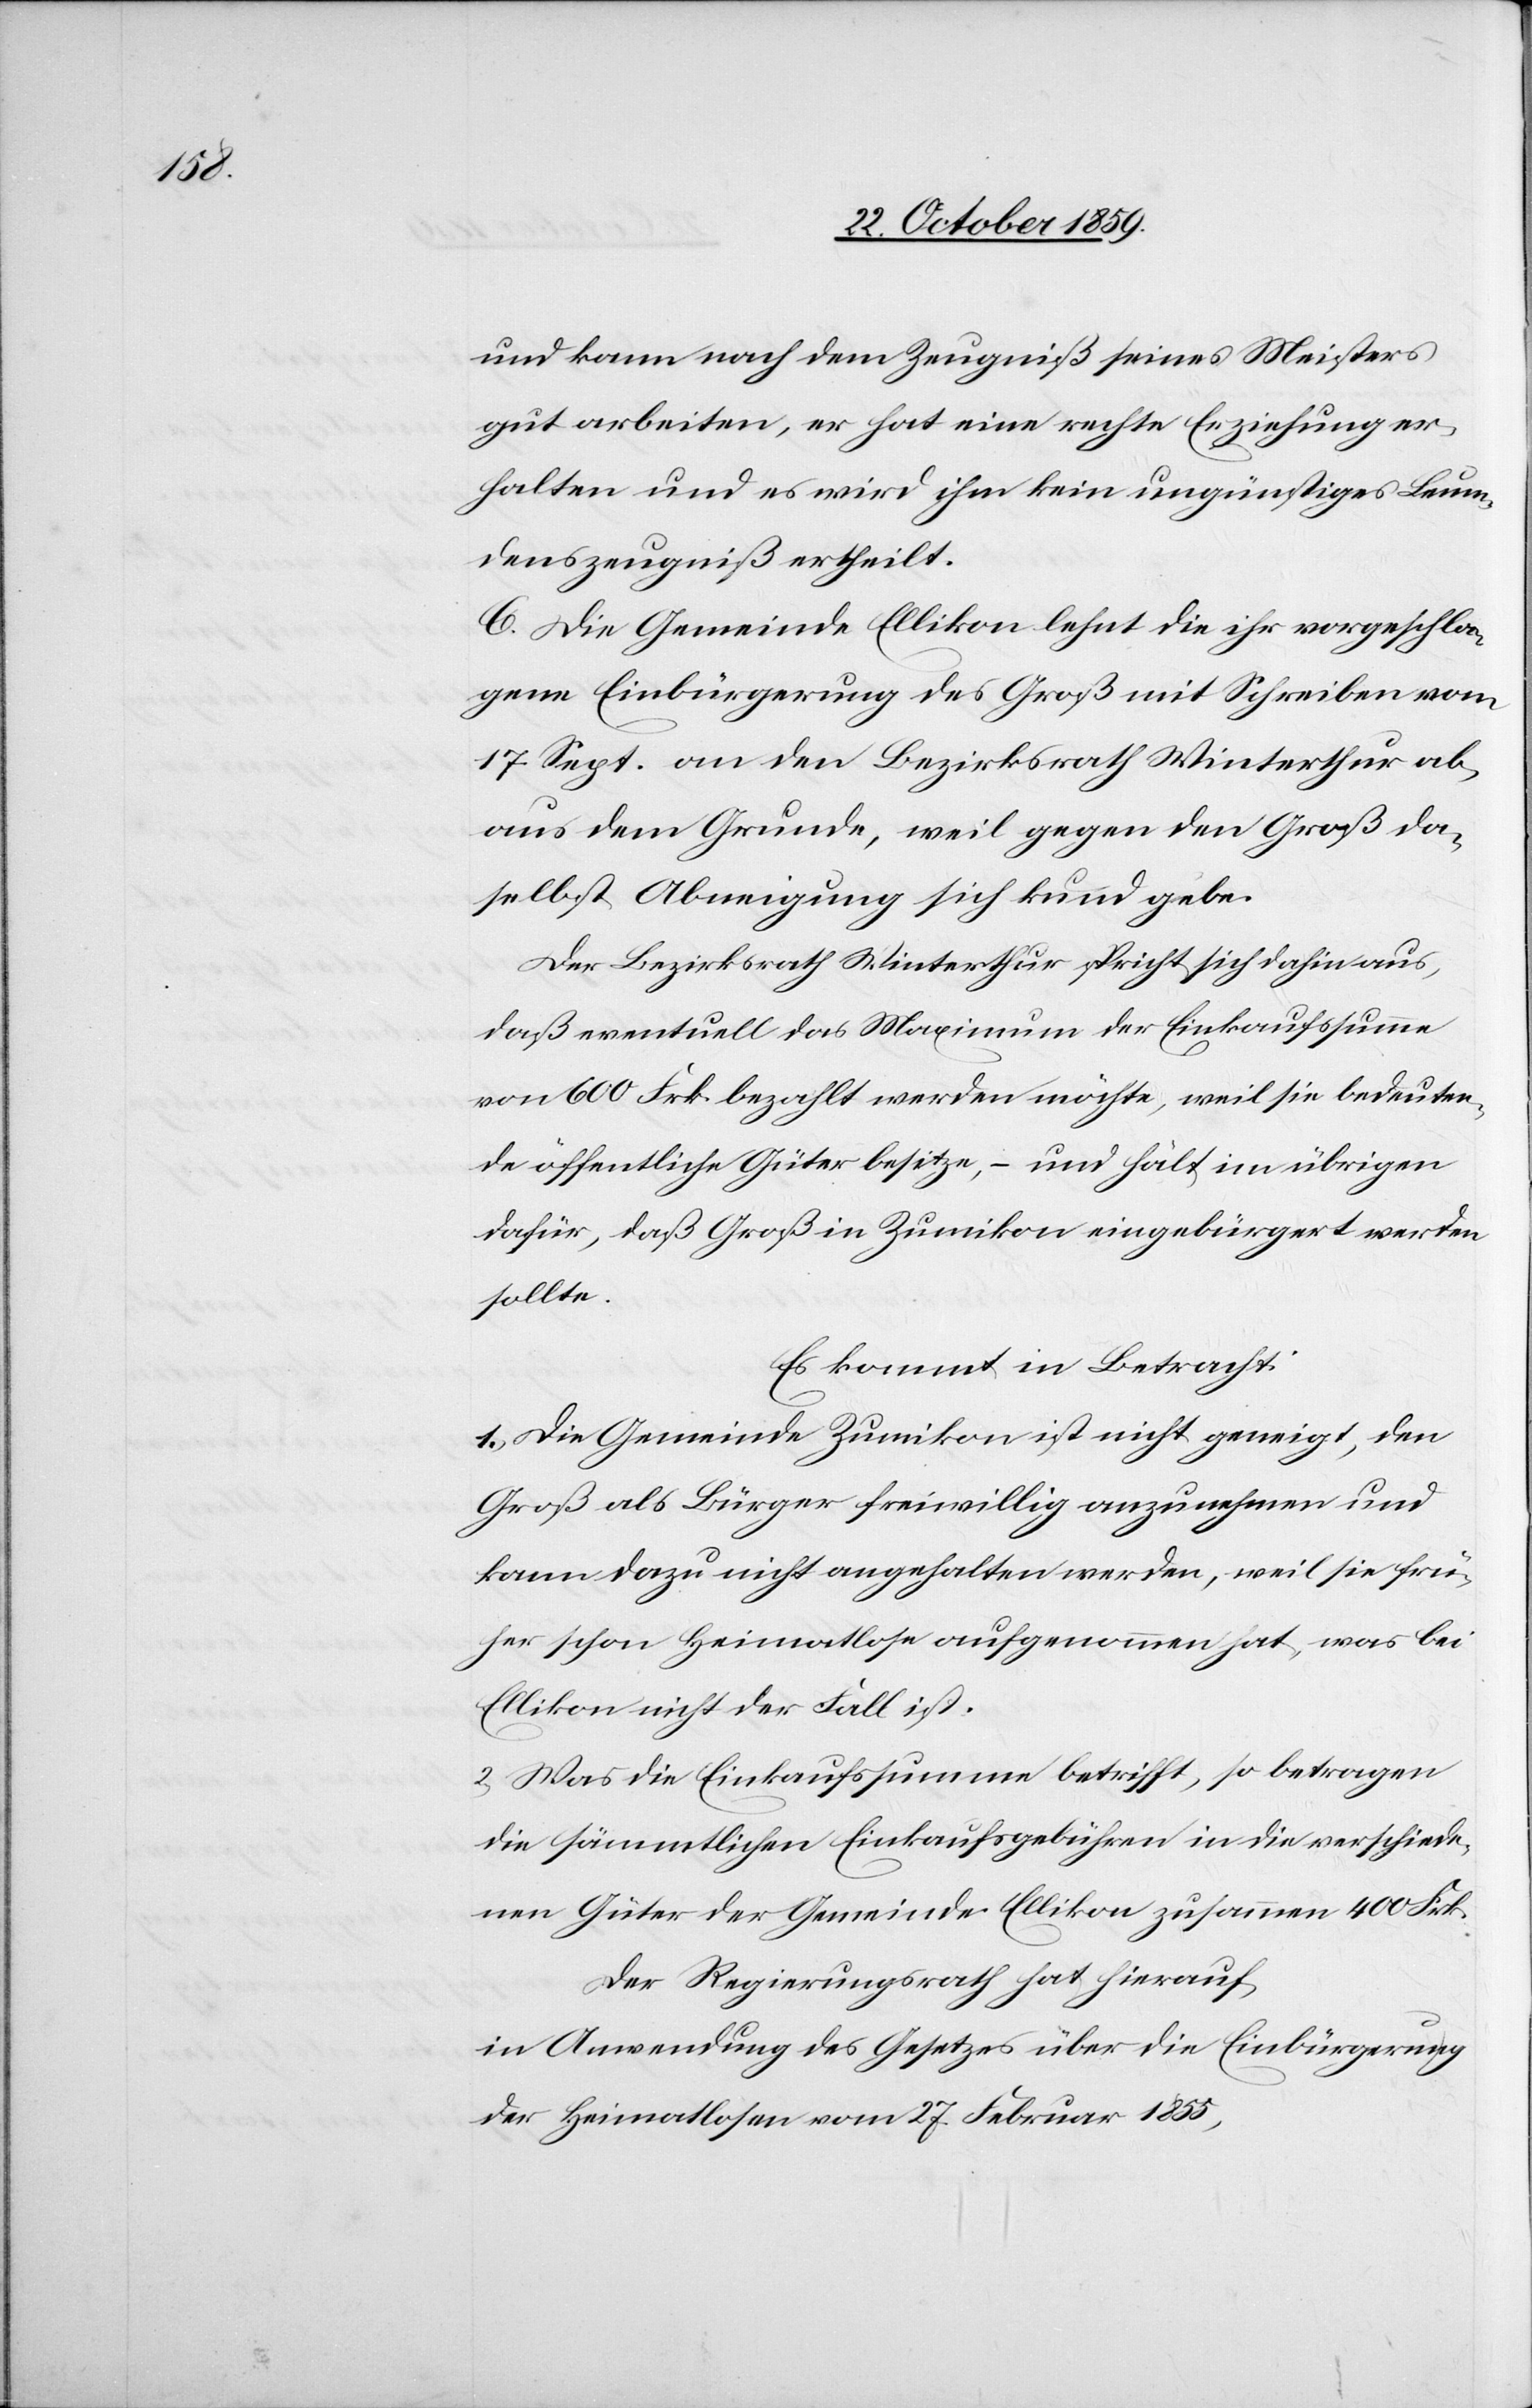
und kann nach dem Zeugniß seines Meisters
gut arbeiten, er hat eine rechte Erziehung er¬
halten und es wird ihm kein ungünstiges Leumun¬
dszeugniß ertheilt.
C. Die Gemeinde Ellikon lehnt die ihr vorgeschla¬
gene Einbürgerung des Groß mit Schreiben vom
17. Sept. an den Bezirksrath Winterthur ab,
aus dem Grunde, weil gegen den Groß da¬
selbst Abneigung sich kund gebe.
Der Bezirksrath Winterthur spricht sich dahin aus,
daß eventuell das Maximum der Einkaufssumme
vom 660 Frk. bezahlt werden möchte, weil sie bedeuten¬
de öffentliche Güter besitze, – und hält im übrigen
dafür, daß Groß in Zumikon eingebürgert werden
sollte.
Es kommt in Betracht:
1) Die Gemeinde Zumikon ist nicht geneigt, den
Groß als Bürger freiwillig anzunehmen und
kann dazu nicht angehalten werden, weil sie frü¬
her schon Heimatlose aufgenommen hat, was bei
Ellikon nicht der Fall ist.
2) Was die Einkaufssumme betrifft, so betragen
die sämmtlichen Einkaufsgebühren in die verschiede¬
nen Güter der Gemeinde Ellikon zusammen 440 Frk.
Der Regierungsrath hat hierauf,
in Anwendung des Gesetzes über die Einbürgerung
der Heimatlosen vom 27. Februar 1855,